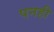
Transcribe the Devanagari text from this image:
पनही